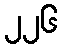
၂၂၆